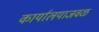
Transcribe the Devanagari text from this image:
कार्यालयाजवळ